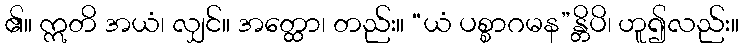
၏။ ဣတိ အယံ၊ လျှင်။ အတ္ထော၊ တည်း။ “ယံ ပစ္စာဂမန”န္တိပိ၊ ဟူ၍လည်း။